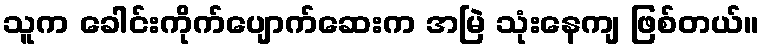
သူက ခေါင်းကိုက်ပျောက်ဆေးက အမြဲ သုံးနေကျ ဖြစ်တယ်။